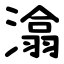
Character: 潝